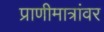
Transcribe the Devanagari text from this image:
प्राणीमात्रांवर